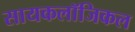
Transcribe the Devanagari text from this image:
सायकलॉजिकल